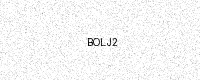
Text: BOLJ2